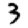
Digit: 3